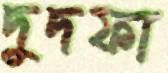
দুদফা